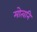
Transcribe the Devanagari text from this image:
मोत्वनि